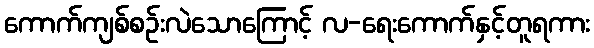
ကောက်ကျစ်စဉ်းလဲသောကြောင့် လ-ရေးကောက်နှင့်တူရကား